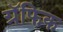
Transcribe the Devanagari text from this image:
ग्रॅफिक